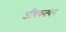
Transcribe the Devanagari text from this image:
अविकत्थन